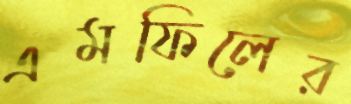
এমফিলের